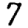
Digit: 7